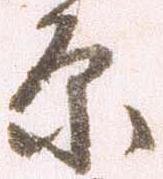
原